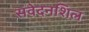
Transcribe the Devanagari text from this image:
संवेदनशिल